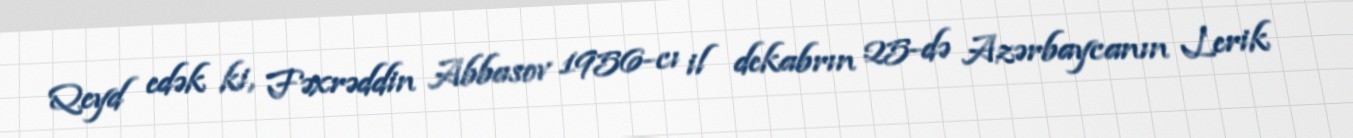
Qeyd edək ki, Fəxrəddin Abbasov 1956-cı il dekabrın 25-də Azərbaycanın Lerik